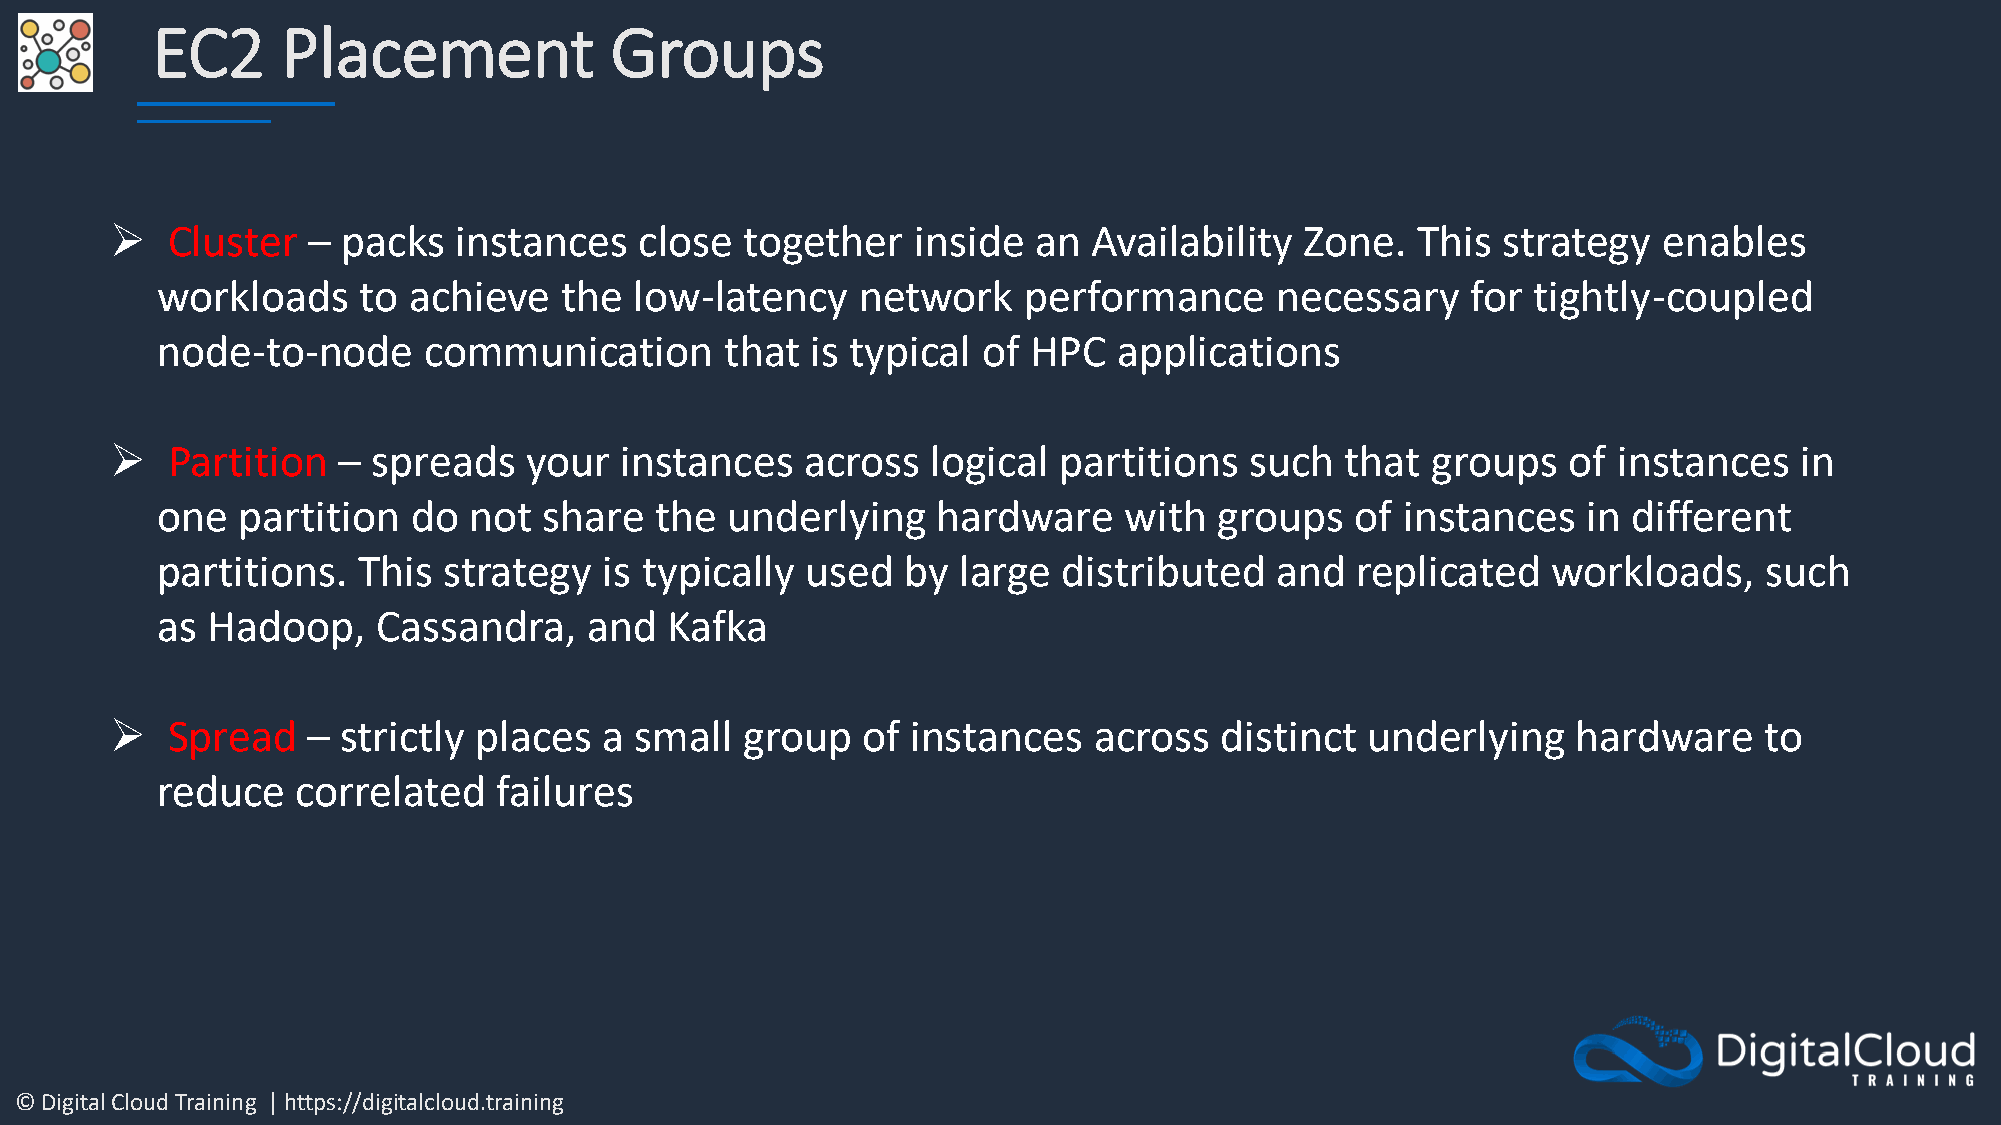
EC2      Placement            Groups
 ➢   Cluster  –  packs  instances   close  together    inside  an Availability  Zone.   This strategy   enables
 workloads     to achieve   the  low-latency    network    performance     necessary    for tightly-coupled
 node-to-node      communication       that  is typical of HPC   applications
 ➢   Partition  –  spreads   your  instances   across   logical partitions   such  that  groups   of instances   in
 one   partition  do  not  share  the  underlying    hardware    with   groups   of instances   in different
 partitions.   This strategy   is typically used   by  large distributed   and   replicated   workloads,    such
 as  Hadoop,    Cassandra,    and  Kafka
 ➢   Spread   –  strictly places  a small  group   of instances   across   distinct  underlying   hardware     to
 reduce    correlated   failures
 © Digital Cloud Training | https://digitalcloud.training